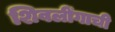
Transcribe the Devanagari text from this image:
शिवलींगाची